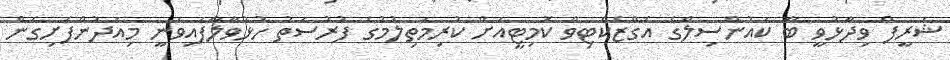
ޝަރީފް ވިދާޅުވީ ބާ ކައުންސިލްގެ އެގްޒެކެޓިވް ކޮމިޓީއަށް ކުރިމަތިލުމުގެ ފުރުސަތު ހުޅުވާލާފައިވަނީ މިއަދުންފެށިގެން